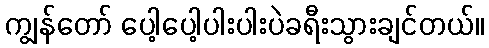
ကျွန်တော် ပေါ့ပေါ့ပါးပါးပဲခရီးသွားချင်တယ်။